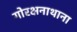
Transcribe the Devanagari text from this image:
गोरक्षनाथाना